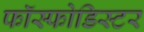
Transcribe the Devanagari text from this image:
फॉस्फोडिस्टर